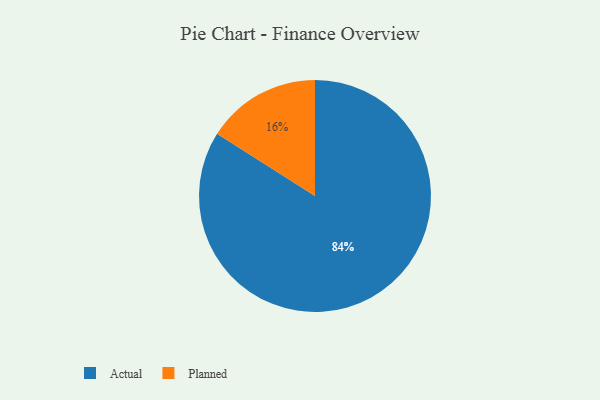
{"axis": {"x": "Category", "y": "Percentage"}, "legend": ["Actual", "Planned"], "data": [{"x": "Actual", "y": 84, "type": "Actual"}, {"x": "Planned", "y": 16, "type": "Planned"}]}